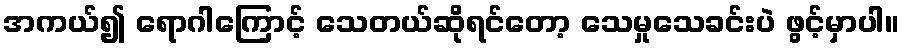
အကယ်၍ ရောဂါကြောင့် သေတယ်ဆိုရင်တော့ သေမှုသေခင်းပဲ ဖွင့်မှာပါ။